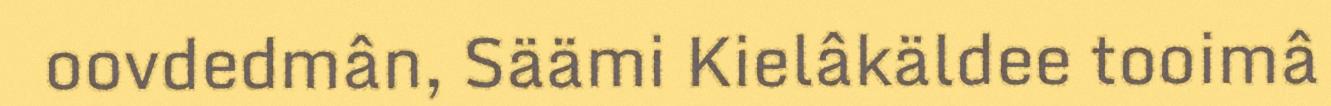
oovdedmân, Säämi Kielâkäldee tooimâ